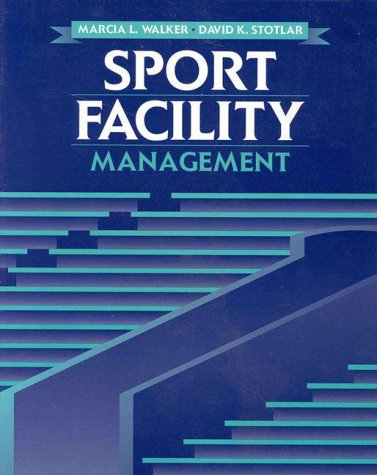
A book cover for Sport Facility Management (Jones and Bartlett Series in Health and Physical Education); Marcia L. Walker; Sports & Outdoors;